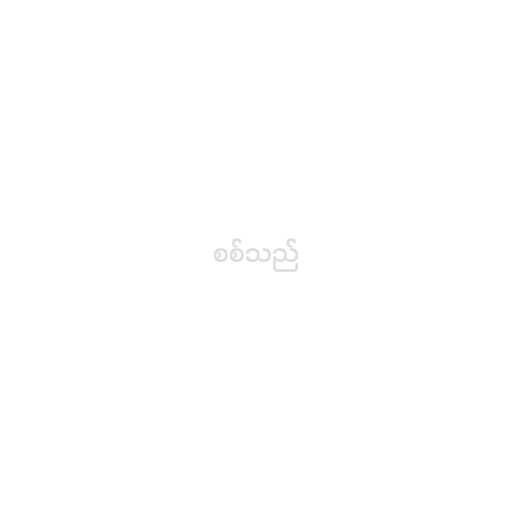
စစ်သည်